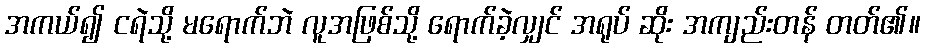
အကယ်၍ ငရဲသို့ မရောက်ဘဲ လူအဖြစ်သို့ ရောက်ခဲ့လျှင် အရုပ် ဆိုး အကျည်းတန် တတ်၏။